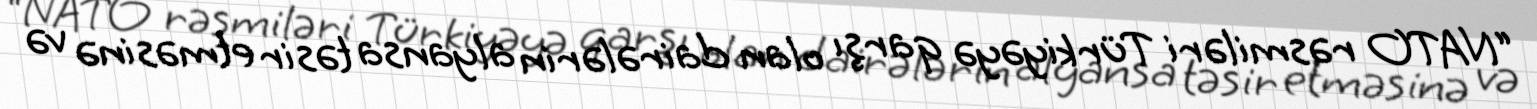
“NATO rəsmiləri Türkiyəyə qarşı olan dairələrin alyansa təsir etməsinə və